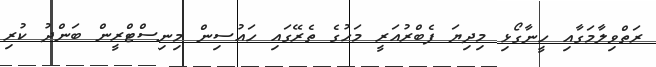
ރަތްވިލާމަގާއި ހީނާގޯޅި މިދިޔަ ފެބްރުއަރީ މަހުގެ ތެރޭގައި ހައުސިން މިނިސްޓްރީން ބަންދު ކުރި